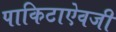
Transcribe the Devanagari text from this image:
पाकिटाऐवजी